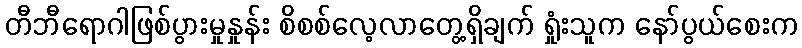
တီဘီရောဂါဖြစ်ပွားမှုနှုန်း စိစစ်လေ့လာတွေ့ရှိချက် ရှုံးသူက နော်ပွယ်စေးက